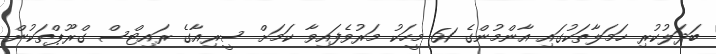
ބަދަލުކުރި ހަމަލާތަކުގައި އާންމުންގެ 61 މީހަކު މަރުވެފައިވާ ކަމަށް ސީރިއާގެ ރައިޓްސް ގްރޫޕްތަކުން